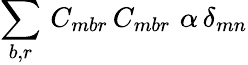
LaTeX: \sum_{b,r}\, C_{mbr}\, C_{mbr}\, \, \alpha\, \delta_{mn}